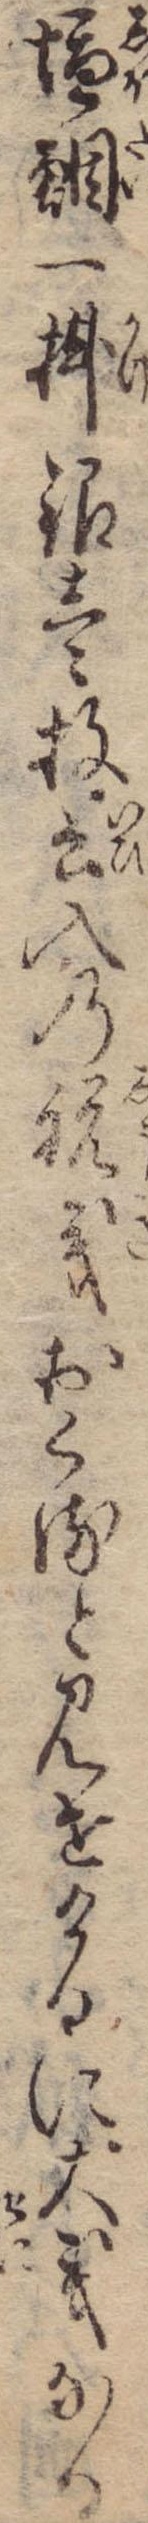
塩鯛一掛銀壱枚云入の祝義おくると見せけるに大義なる